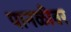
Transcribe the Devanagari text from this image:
पानळीवर